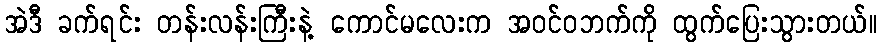
အဲဒီ ခက်ရင်း တန်းလန်းကြီးနဲ့ ကောင်မလေးက အဝင်ဝဘက်ကို ထွက်ပြေးသွားတယ်။